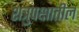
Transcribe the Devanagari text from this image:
शत्रुपक्षातील